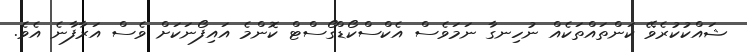
ޝައްކުކުރެވޭ ކަންތައްތަކެއް ނުހިނގާ ނަމަވެސް އެކްސްކޯޑްގޯސްޓް ކޮންމެ އައިފޯނަކަށް ވެސް އަރާފާނެ އެވެ.